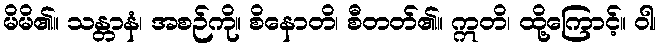
မိမိ၏။ သန္တာနံ၊ အစဉ်ကို။ စိနောတိ၊ စီတတ်၏။ ဣတိ၊ ထို့ကြောင့်။ ဝါ၊